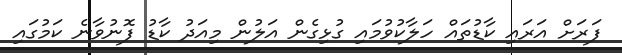
ފަރަށް އަރައި ކާޑުތައް ހަލާކުވުމައި ގުޅިގެން އަލުން މިއަދު ކާޑު ފޮނުވާނެ ކަމުގައި